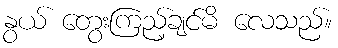
နွယ် တွေးကြည့်ချင်မိ လေသည်။